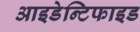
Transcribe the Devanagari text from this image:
आइडेन्टिफाइड